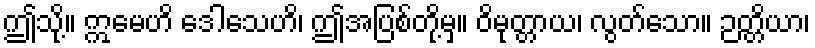
ဤသို့။ ဣမေဟိ ဒေါသေဟိ၊ ဤအပြစ်တို့မှ။ ဝိမုတ္တာယ၊ လွတ်သော။ ဉတ္တိယာ၊